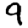
Digit: 9